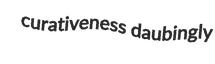
curativeness daubingly